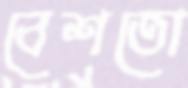
বেশতো